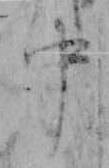
中